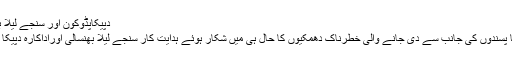
دپیکاپڈوکون اور سنجے لیلا بھنسالی:
ہندو انتہا پسندوں کی جانب سے دی جانے والی خطرناک دھمکیوں کا حال ہی میں شکار ہوئے ہدایت کار سنجے لیلا بھنسالی اوراداکارہ دپیکا پڈوکون۔